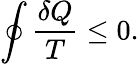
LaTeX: \oint{\frac{\delta Q}{T}}\leq 0.